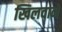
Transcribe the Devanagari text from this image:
खिलवाने